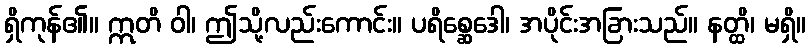
ရှိကုန်၏။ ဣတိ ဝါ၊ ဤသို့လည်းကောင်း။ ပရိစ္ဆေဒေါ၊ အပိုင်းအခြားသည်။ နတ္ထိ၊ မရှိ။